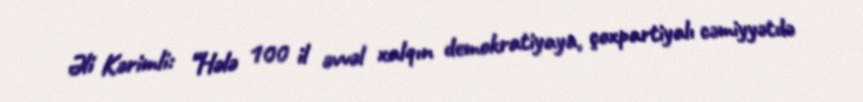
Əli Kərimli: “Hələ 100 il əvvəl xalqın demokratiyaya, çoxpartiyalı cəmiyyətdə